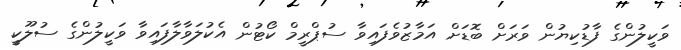
ވަކީލުންގެ ފާޑުކިޔުން ވަރަށް ބޮޑަށް އަމާޒުވެފައިވާ ސުޕްރީމް ކޯޓުން އެކުލަވާލާފައިވާ ވަކީލުންގެ ސުލޫކީ